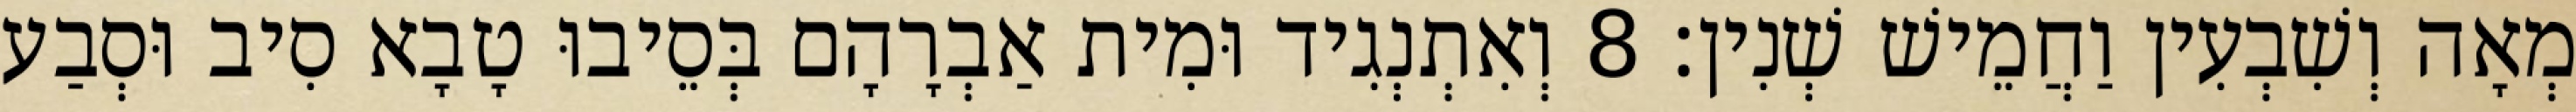
מְאָה וְשִׁבְעִין וַחֲמֵישׁ שְׁנִין׃ 8 וְאִתְנְגִיד וּמִית אַבְרָהָם בְּסֵיבוּ טָבָא סִיב וּסְבַע